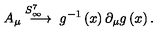
A _ { \mu } \stackrel { S _ { \infty } ^ { 7 } \quad } { \longrightarrow } g ^ { - 1 } \left( x \right) \partial _ { \mu } g \left( x \right) .